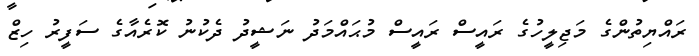
ރައްޔިތުންގެ މަޖިލީހުގެ ރައީސް ރައީސް މުޙައްމަދު ނަޝީދު ދެކުނު ކޮރެއާގެ ސަފީރު ހިޒް